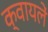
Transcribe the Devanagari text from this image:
क्वायलें